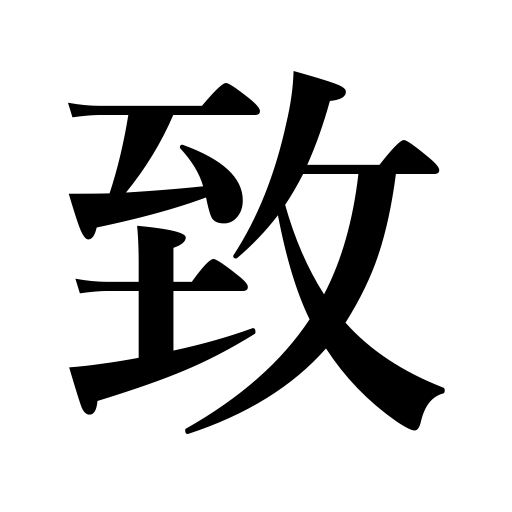
Meanings: forward,engage,render assistance,cause,exert oneself,do,incur,send,call in a doctor